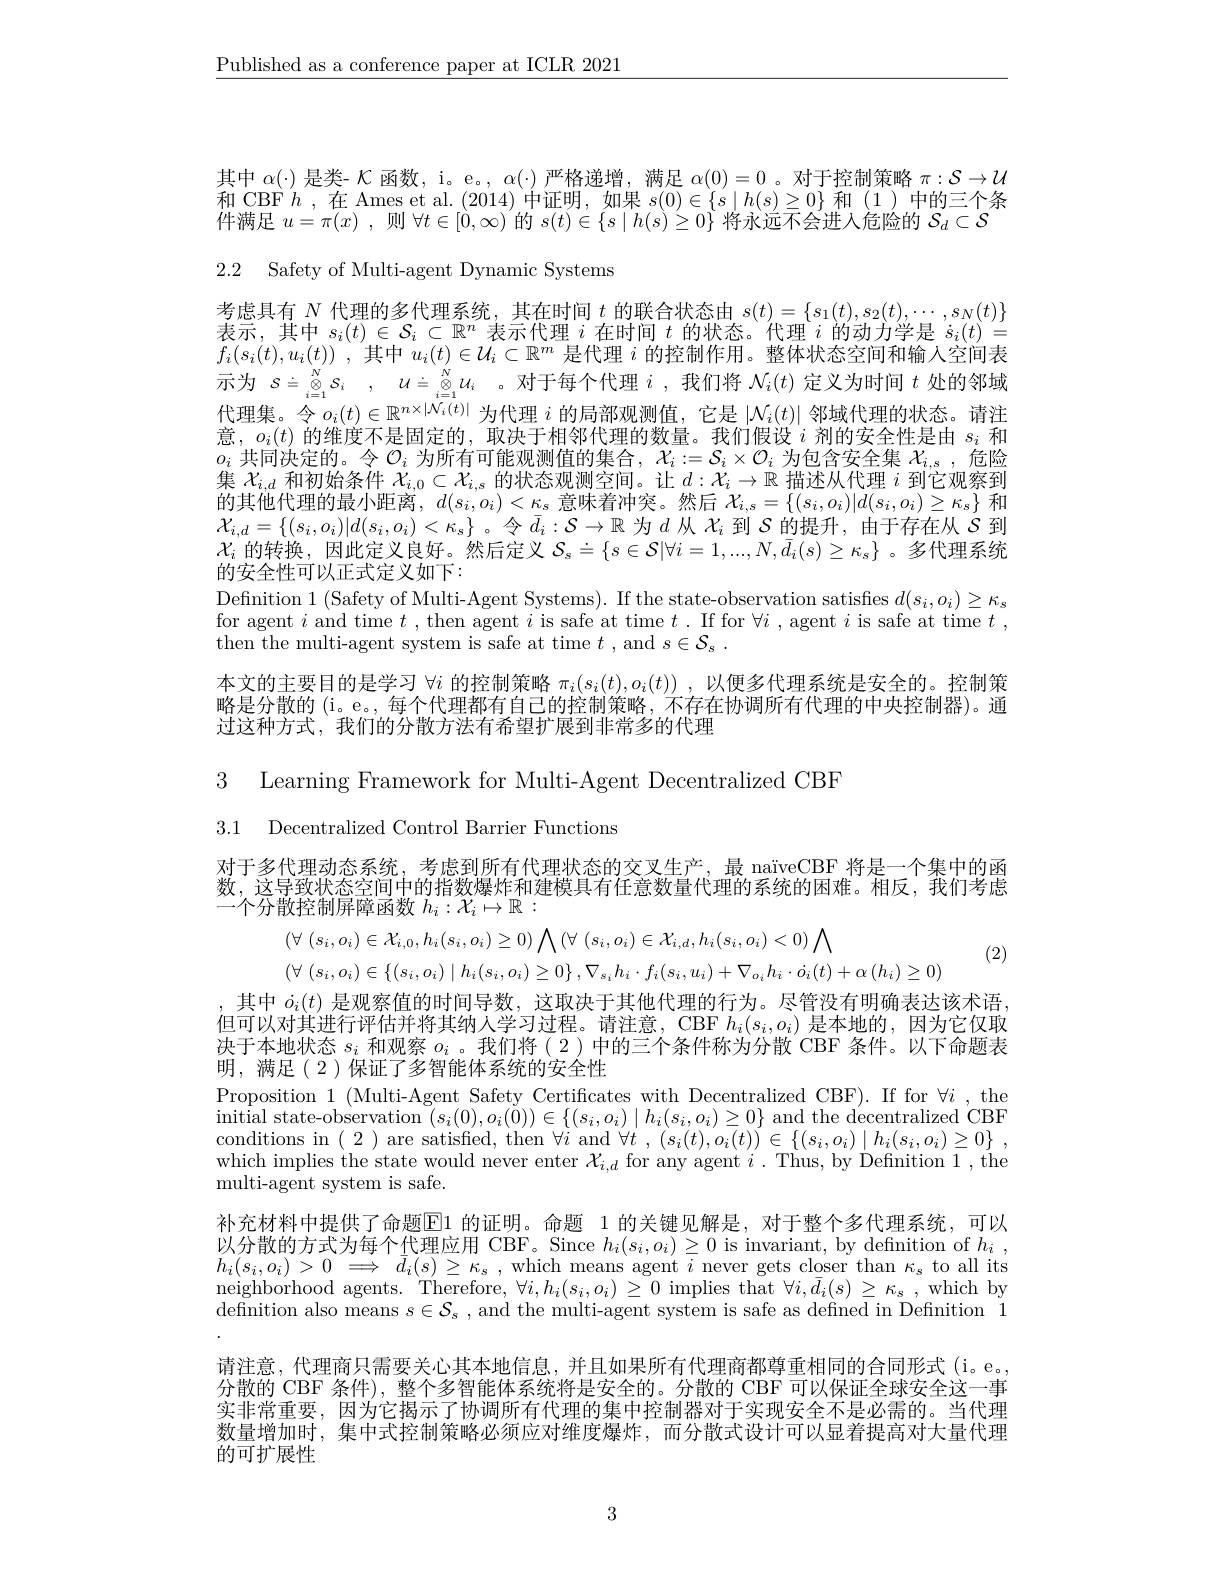
$\underline{\text{Published as a conference paper at ICLR 2021}}$

其中$\alpha(\cdot)$是类- $\mathcal{K}$函数，i。e。, $\alpha(\cdot)$严格递增，满足$\alpha(0)=0$ 。对于控制策略$\pi:\mathcal{S}\to\mathcal{U}$ 和 CBF $h$ ,在 Ames et al. (2014)中证明，如果$s(0)\in\{s\mid h(s)\geq0\}$和(1)中的三个条$\dot{\text{件满足 }u=\pi(x)}$,则$\forall t\in[0,\infty)$的$s(t)\in\{s\mid h(s)\geq0\}$将永远不会进入危险的$S_d\subset\mathcal{S}$

2.2 Safety of Multi-agent Dynamic Systems

考虑具有$N$代理的多代理系统，其在时间$t$的联合状态由$s(t)=\{s_1(t),s_2(t),\cdots,s_N(t)\}$ 表示，其中$s_i(t)\in\mathcal{S}_i\subset\mathbb{R}^n$表示代理$i$在时间$t$的状态。代理$i$的动力学是$\dot{s}_i(t)=$ $f_i(s_i(t),u_i(t))$ ,其中$u_i(t)\in\mathcal{U}_i\subset\mathbb{R}^m$是代理$i$的控制作用。整体状态空间和输人空间表示为$s\doteq \overset {N}{\operatorname* { \operatorname* { \otimes } } }s_i$ , $u\doteq \underset {i= 1}{\operatorname* { \operatorname* { \otimes } } }^{N}u_i$ 。对于每个代理$i$ ,我们将$\mathcal{N}_i(t)$定义为时间$t$处的邻域代理集。令$o_i(t)\in\mathbb{R}^{n\times|\mathcal{N}_i(t)|}$为代理 $i$ 的局部观测值，它是 $|\mathcal{N}_i(t)|$ 邻域代理的状态。请注意，$o_i(t)$的维度不是固定的，取决于相邻代理的数量。我们假设$i$剂的安全性是由$s_i$和$o_i$共同决定的。令$\mathcal{O}_i$为所有可能观测值的集合，$\mathcal{X}_i:=\mathcal{S}_i\times\mathcal{O}_i$为包含安全集$\mathcal{X}_i$,危险集$\mathcal{X}_{i,d}$和初始条件$\mathcal{X}_i,0\subset\mathcal{X}_{i,s}$的状态观测空间。让$d:\mathcal{X}_i\to\mathbb{R}$描述从代理$i$到它观察到的其他代理的最小距离，$d(s_i,o_i)<\kappa_s$意味着冲突。然后$\mathcal{X}_i,s=\{(s_i,o_i)|d(s_i,o_i)\geq\kappa_s\}$和$\mathcal{X}_{i,d}=\{(s_i,o_i)|d(s_i,o_i)<\kappa_\text{s}\}$ 。令$\bar{d}_i:\mathcal{S}\to\mathbb{R}$为$d$从$\mathcal{X}_i$到$\mathcal{S}$的提升，由于存在从$\mathcal{S}$到$\mathcal{X}_i$的转换，因此定义良好。然后定义$\mathcal{S}_s\doteq\{s\in\mathcal{S}|\forall i=1,...,N,\bar{d}_i(s)\geq\kappa_s\}$ 。多代理系统的安全性可以正式定义如下：
Definition 1 (Safety of Multi-Agent Systems). If the state-observation satisfies $d(s_i,o_i)\geq\kappa_s$ for agent $i$ and time $t$,then agent $i$ is safe at time $t.$ If for $\forall i$ , agent $i$ is safe at time $t$ then the multi-agent system is safe at time $t$ , and $s\in \mathcal{S} _s$ .
本文的主要目的是学习$\forall i$的控制策略$\pi_i(s_i(t),o_i(t))$ ,以便多代理系统是安全的。控制策略是分散的(i。e。, 每个代理都有自己的控制策略，不存在协调所有代理的中央控制器)。通过这种方式，我们的分散方法有希望扩展到非常多的代理

3 Learning Framework for Multi-Agent Decentralized CBF

3.1 Decentralized Control Barrier Functions

对于多代理动态系统，考虑到所有代理状态的交叉生产，最 naïveCBF 将是一个集中的函数，这导致状态空间中的指数爆炸和建模具有任意数量代理的系统的困难。相反，我们考虑一个分散控制屏障函数$h_i:\mathcal{X}_i\mapsto\mathbb{R}:$

(2)
$$\begin{aligned}&(\forall\:(s_{i},o_{i})\in\mathcal{X}_{i,0},h_{i}(s_{i},o_{i})\geq0)\bigwedge(\forall\:(s_{i},o_{i})\in\mathcal{X}_{i,d},h_{i}(s_{i},o_{i})<0)\bigwedge\\&(\forall\:(s_{i},o_{i})\in\{(s_{i},o_{i})\mid h_{i}(s_{i},o_{i})\geq0\}\:,\nabla_{s_{i}}h_{i}\cdot f_{i}(s_{i},u_{i})+\nabla_{o_{i}}h_{i}\cdot\dot{o_{i}}(t)+\alpha\:(h_{i})\geq0)\end{aligned}$$
,其中$\dot{o}_i(t)$是观察值的时间导数，这取决于其他代理的行为。尽管没有明确表达该术语， 但可以对其进行评估并将其纳人学习过程。请注意，CBF $h_i(s_i,o_i)$是本地的，因为它仅取决于本地状态$s_i$和观察$o_i$ 。我们将( 2 )中的三个条件称为分散 CBF 条件。以下命题表明，满足(2)保证了多智能体系统的安全性
Proposition 1 (Multi-Agent Safety Certificates with Decentralized CBF).If for $\forall i$ ,the $\begin{array}{c}\text{initial state-observation }(s_{i}(0),o_{i}(0))\in\{(s_{i},o_{i})\mid h_{i}(s_{i},o_{i})\geq0\}\mathrm{~and~the~decentralized~CBF}\\\text{initial state-observation }(s_{i}(0),o_{i}(0))\in\{(s_{i},o_{i})\mid h_{i}(s_{i},o_{i})\geq0\}\mathrm{~and~the~décentralized~CBF}\end{array}$ conditions in $(\begin{array}{c}2\end{array})$are satisfied, then $\forall i$ and $\forall t$ $, \left ( s_{i}( t) , o_{i}( t) \right ) \in \{ ( s_{i}, o_{i}) \mid h_{i}( s_{i}, o_{i}) \geq 0\}$ , which implies the state would never enter $\mathcal{X}_{i,d}$ for any agent $i.$ Thus, by Definition 1, the multi-agent system is safe.
补充材料中提供了命题$\overline{\mathrm{E}}$1 的证明。命题 1 的关键见解是，对于整个多代理系统，可以以分散的方式为每个代理应用 CBF。Since $h_i(s_i,o_i)\geq0$ is invariant, by definition of $h_i$, $h_{i}( s_{i}, o_{i}) > 0$ $\Longrightarrow$ $\bar{d} _{i}( s) \geq \kappa _{s}$ ,which means agent $i$ never gets closer than $\kappa_{s}$ to all its neighborhood agents. Therefore, $\forall i,h_i(s_i,o_i)\geq0$ implies that $\forall i,\bar{d}_i(s)\geq\kappa_s$, which by definition also means $s\in\mathcal{S}_s$, and the multi-agent system is safe as defined in Definition 1请注意，代理商只需要关心其本地信息，并且如果所有代理商都尊重相同的合同形式(i。e。分散的 CBF 条件),整个多智能体系统将是安全的。分散的 CBF 可以保证全球安全这一事实非常重要，因为它揭示了协调所有代理的集中控制器对于实现安全不是必需的。当代理数量增加时，集中式控制策略必须应对维度爆炸，而分散式设计可以显着提高对大量代理的可扩展性

3